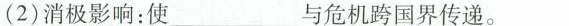
(2)消极影响：使___与危机跨国界传递。